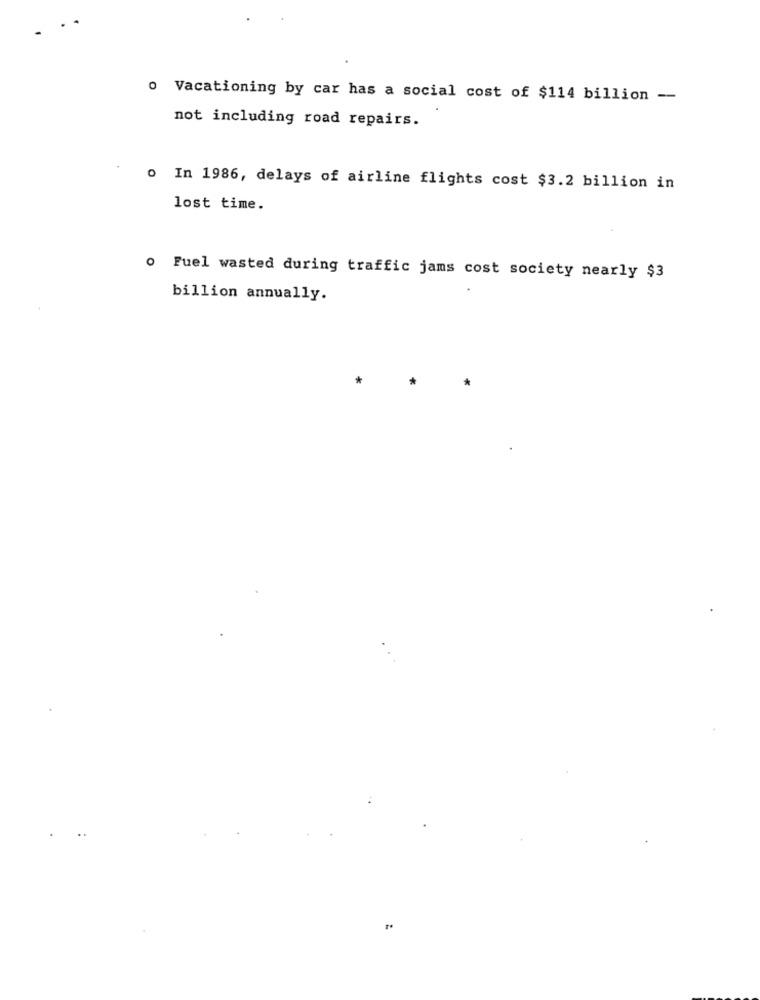
o Vacationing by car has a social cost of $114 billion --
not including road repairs.
o In 1986, delays of airline flights cost $3.2 billion in
lost time.
o Fuel wasted during traffic jams cost society nearly $3
billion annually.